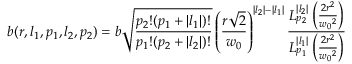
b ( r , l _ { 1 } , p _ { 1 } , l _ { 2 } , p _ { 2 } ) = b \sqrt { \frac { p _ { 2 } ! ( p _ { 1 } + | l _ { 1 } | ) ! } { p _ { 1 } ! ( p _ { 2 } + | l _ { 2 } | ) ! } } \left( \frac { r \sqrt { 2 } } { w _ { 0 } } \right) ^ { | l _ { 2 } | - | l _ { 1 } | } \frac { L _ { p _ { 2 } } ^ { | l _ { 2 } | } \left( \frac { 2 r ^ { 2 } } { { w _ { 0 } } ^ { 2 } } \right) } { L _ { p _ { 1 } } ^ { | l _ { 1 } | } \left( \frac { 2 r ^ { 2 } } { { w _ { 0 } } ^ { 2 } } \right) }